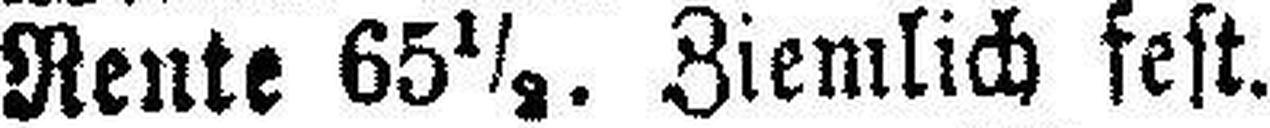
Rente 65½. Ziemlich fest.